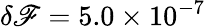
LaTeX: \delta\mathscr{F}=5.0\times10^{-7}